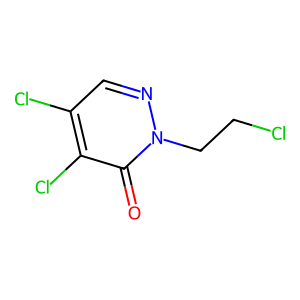
SMILES: O=c1c(Cl)c(Cl)cnn1CCCl
Inhibits HIV replication: No